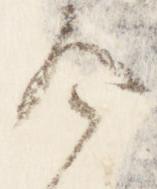
令